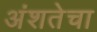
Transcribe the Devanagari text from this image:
अंशतेचा